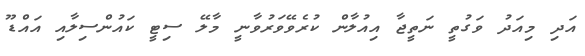
އަދި މިއަދު ވަގުތީ ނަތީޖާ އިއުލާން ކުރެވޭވަރުވާނީ މާލޭ ސިޓީ ކައުންސިލާއި އައްޑޫ